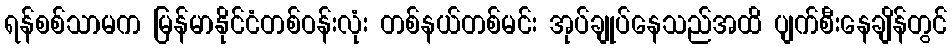
ရန်စစ်သာမက မြန်မာနိုင်ငံတစ်ဝန်းလုံး တစ်နယ်တစ်မင်း အုပ်ချုပ်နေသည်အထိ ပျက်စီးနေချိန်တွင်